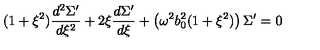
( 1 + \xi ^ { 2 } ) \frac { d ^ { 2 } { \Sigma ^ { \prime } } } { d \xi ^ { 2 } } + 2 \xi \frac { d \Sigma ^ { \prime } } { d \xi } + \left( \omega ^ { 2 } b _ { 0 } ^ { 2 } ( 1 + \xi ^ { 2 } ) \right) \Sigma ^ { \prime } = 0